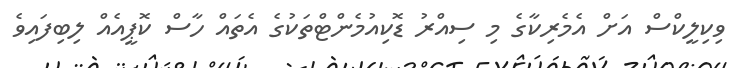
ވިކިލީކްސް އަށް އެމެރިކާގެ މި ސިއްރު ޑޮކިއުމެންޓްތަކުގެ އެތައް ހާސް ކޮޕީއެއް ލިބިފައިވެ